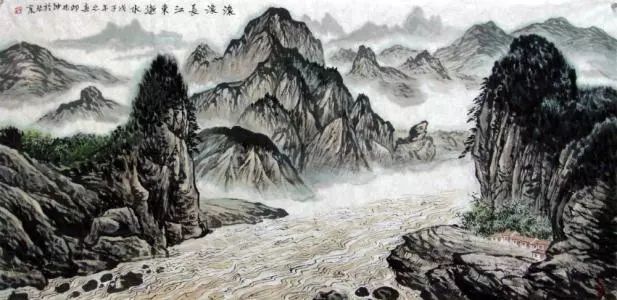
滚滚长江东逝水，浪花淘尽英雄。